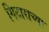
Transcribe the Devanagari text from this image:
गिटाराच्या